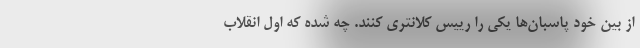
از بین خود پاسبان‌ها یکی را رییس کلانتری کنند. چه شده که اول انقلاب